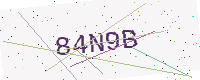
Text: 84N9B